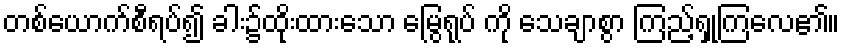
တစ်ယောက်စီရပ်၍ ခါး၌ထိုးထားသော မြွေရုပ် ကို သေချာစွာ ကြည့်ရှုကြလေ၏။